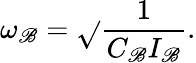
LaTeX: \omega_{\mathscr{B}}=\sqrt{}{{\frac{{1}}{{C_{\mathscr{B}}I_{\mathscr{B}}}}}}.